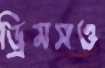
ড্রিমসও